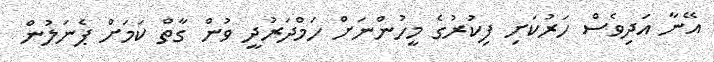
އޭނާ އަދިވެސް ހަރުކަށި ފިކުރުގެ މީހުންނަށް ހަމްދަރުދީ ވުން ގާތް ކަމަށް ޕެނަލުން